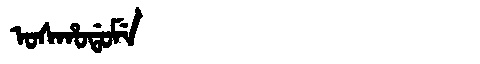
Manchu: ᠣᠰᡥᠣᡩᠣᠮᡝ
Romanization: OSHODOME